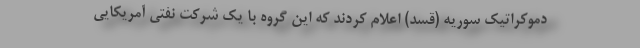
دموکراتیک سوریه (قسد) اعلام کردند که این گروه با یک شرکت نفتی آمریکایی